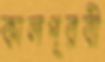
কালপূরবী